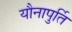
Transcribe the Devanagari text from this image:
यौनापुर्ति